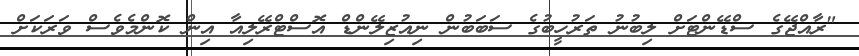
"ރާއްޖޭގެ ސްޑޭންޓަށް ލިބުނު ތަރުހީބުގެ ސަބަބުން ނިއުޒިލޭންޑް އޮސްޓްރޭލިއާ އިން ކޮންމެވެސް ވަރަކަށް